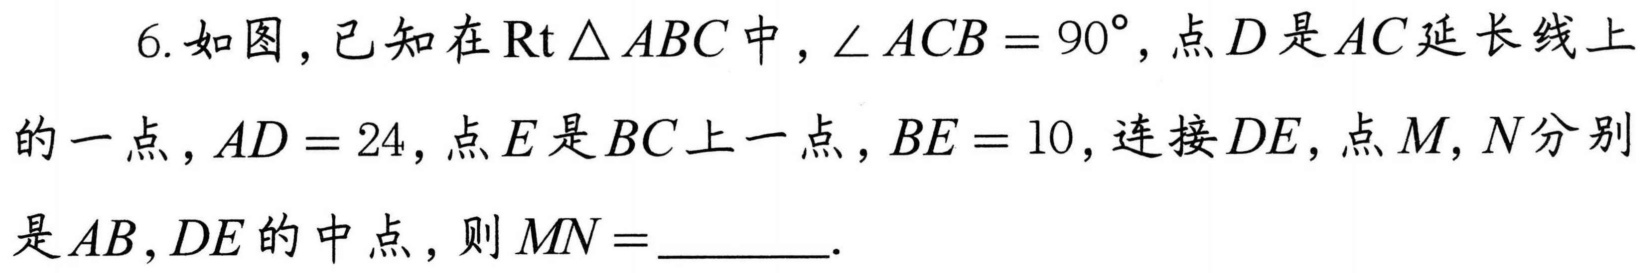
6.如图，已知在\(\text{Rt}\triangle ABC\)中，\(\angle ACB = 90^{\circ}\)，点\(D\)是\(AC\)延长线上
的一点，\(AD = 24\)，点\(E\)是\(BC\)上一点，\(BE = 10\)，连接\(DE\)，点\(M\)，\(N\)分别
是\(AB\)，\(DE\)的中点，则\(MN =\)________.